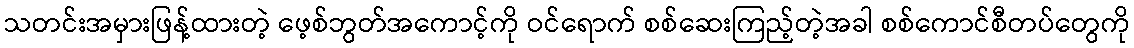
သတင်းအမှားဖြန့်ထားတဲ့ ဖေ့စ်ဘွတ်အကောင့်ကို ဝင်ရောက် စစ်ဆေးကြည့်တဲ့အခါ စစ်ကောင်စီတပ်တွေကို